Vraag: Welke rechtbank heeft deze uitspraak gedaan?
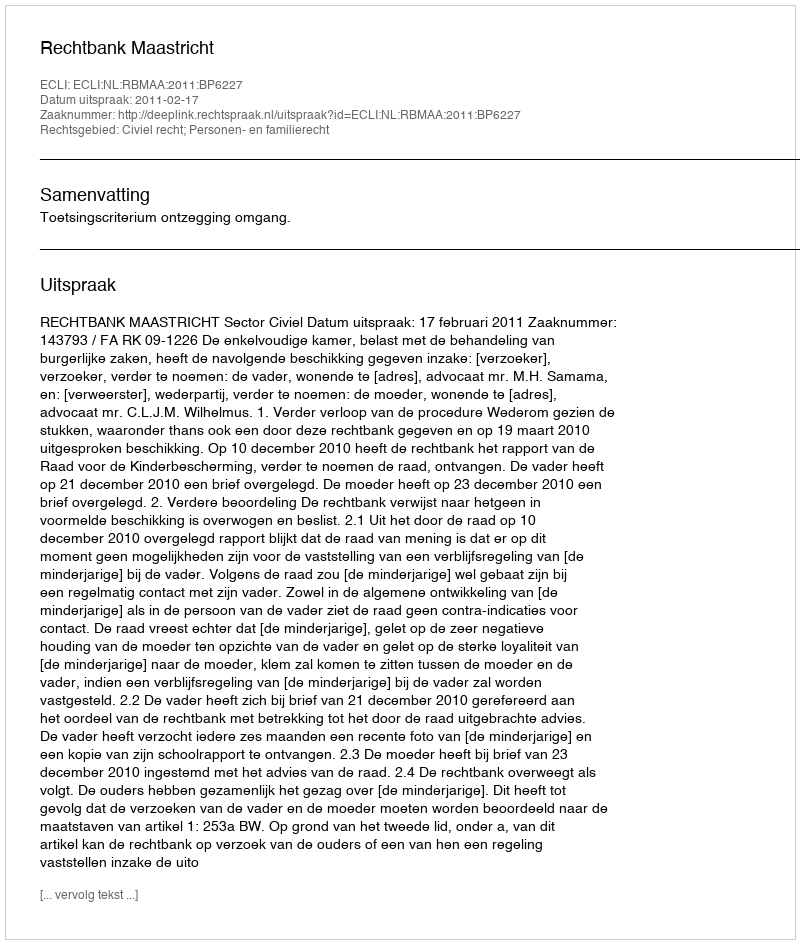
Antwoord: Rechtbank Maastricht